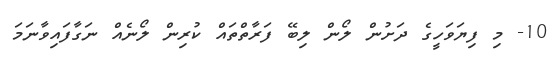
10- މި ފިޔަވަހީގެ ދަށުން ލޯން ލިބޭ ފަރާތްތައް ކުރިން ލޯނެއް ނަގާފައިވާނަމަ